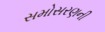
સમોસરણની